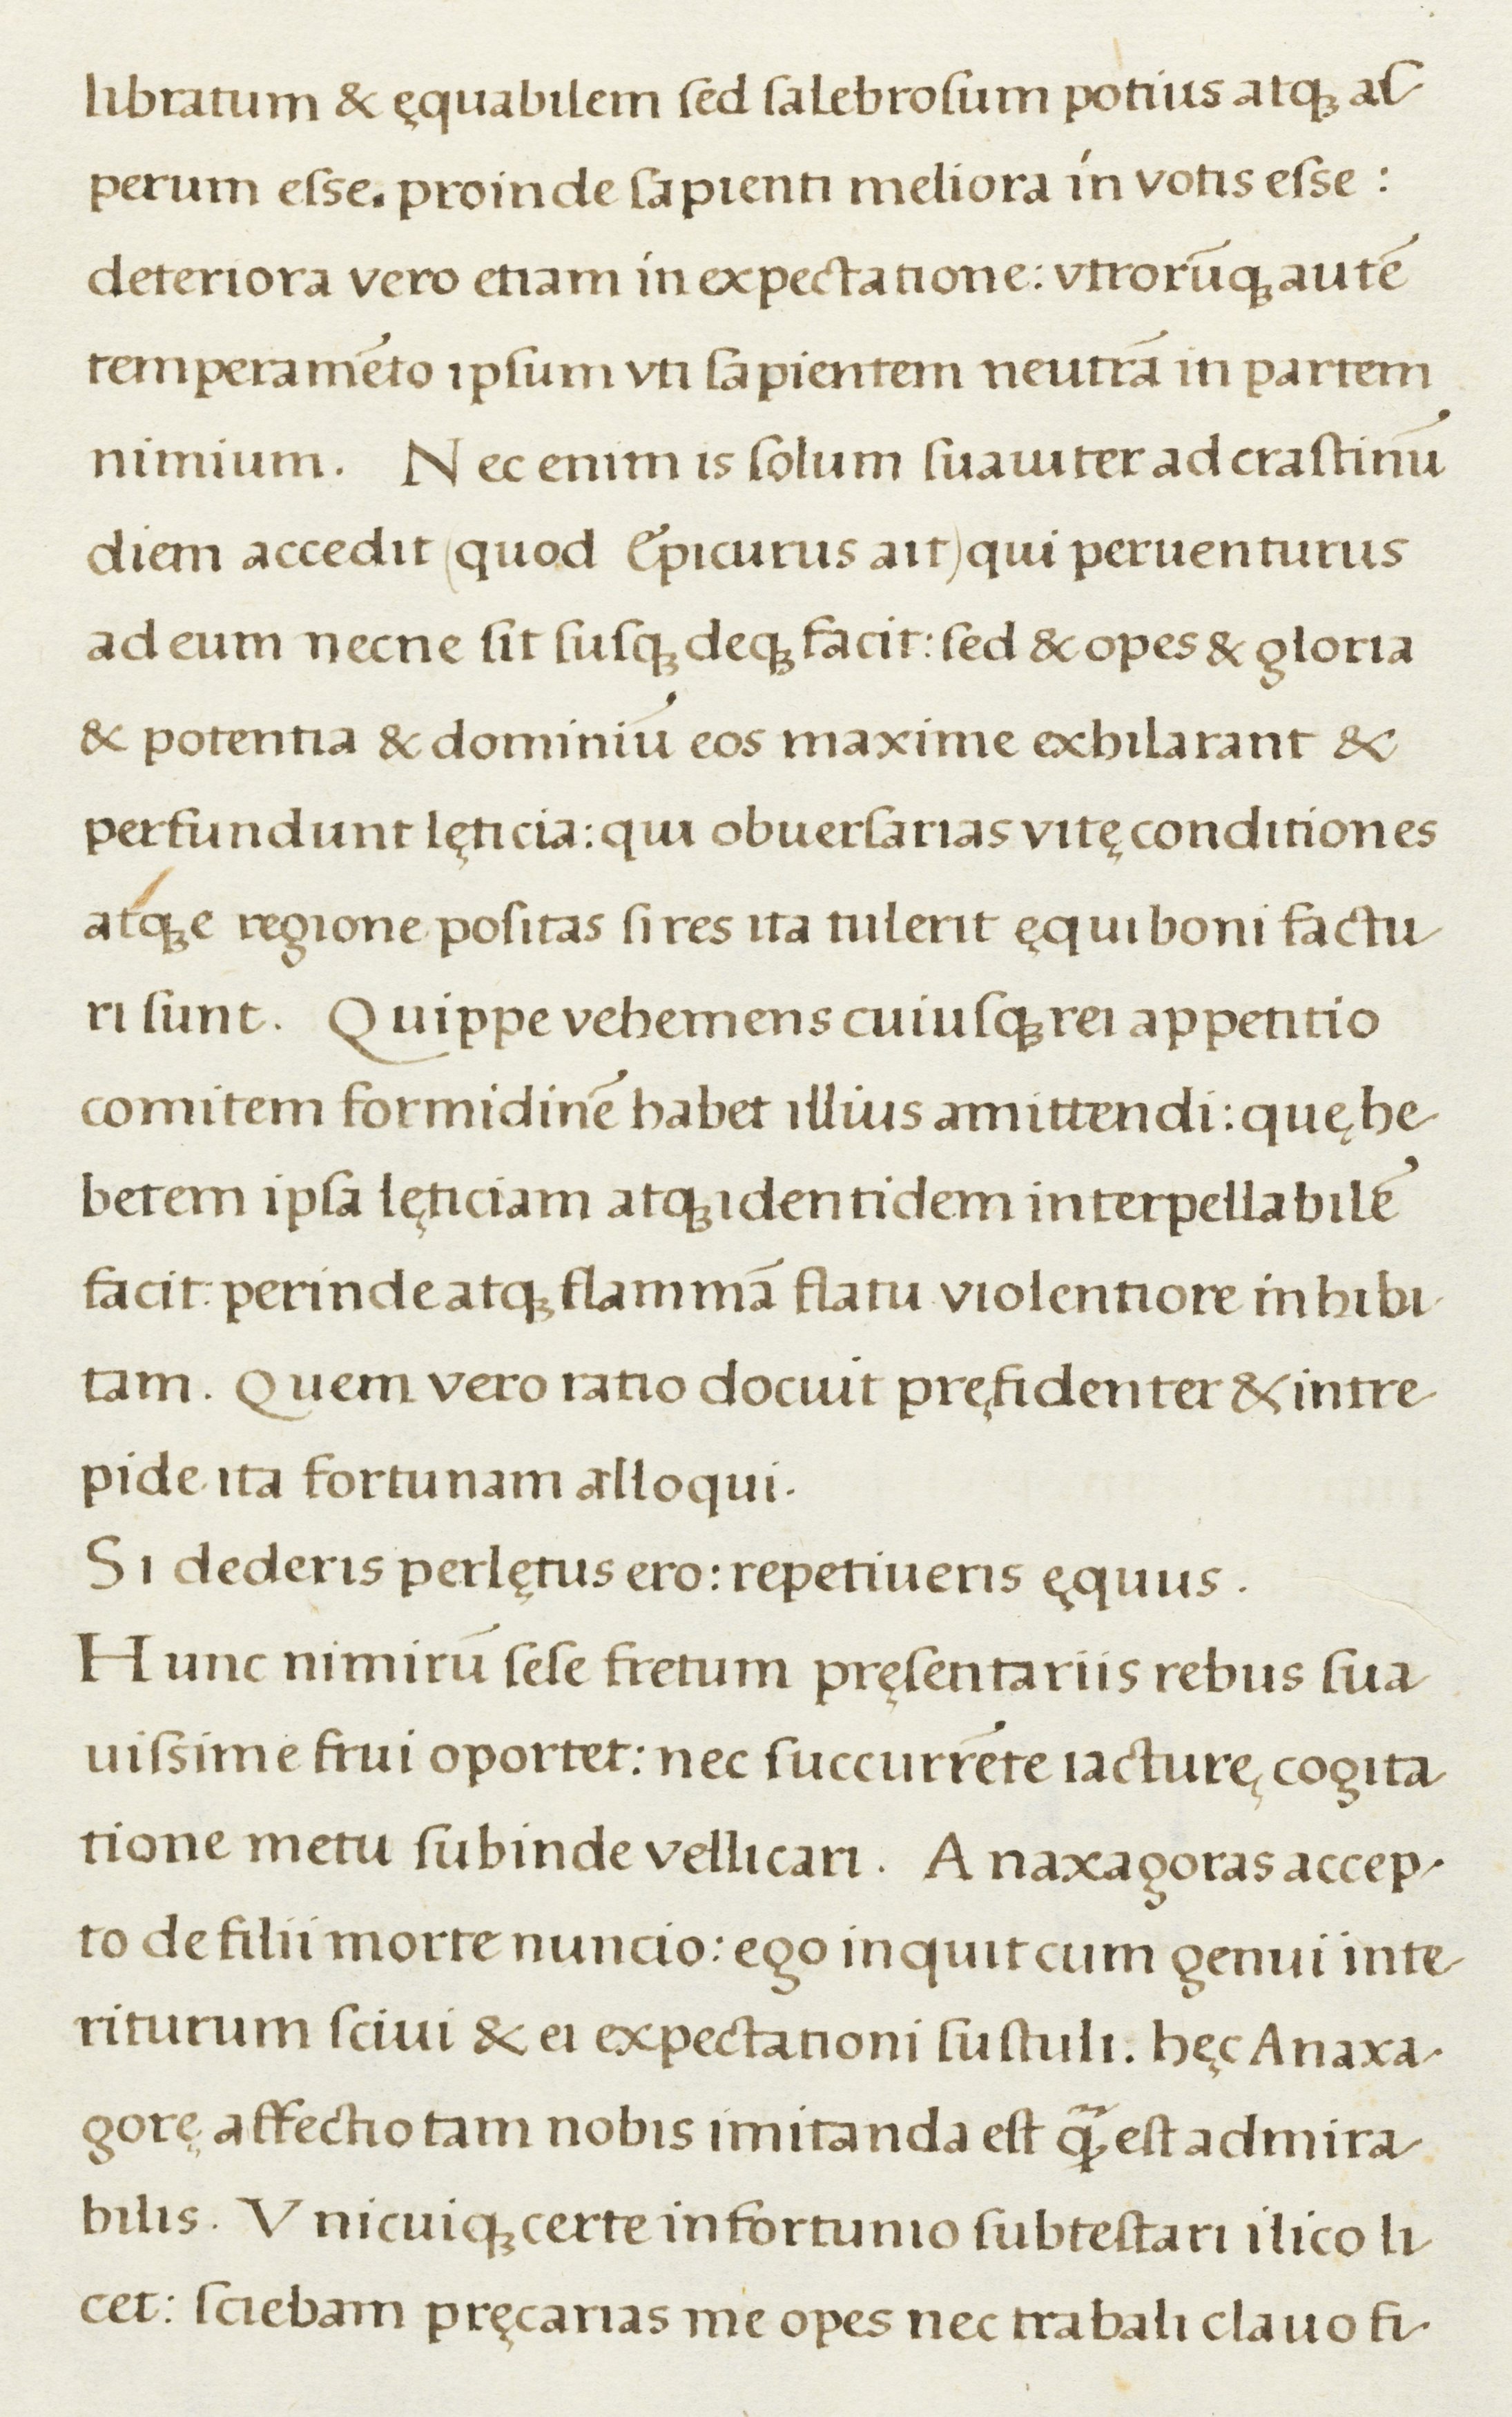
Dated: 1500–1599